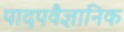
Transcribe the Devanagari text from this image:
पादपवैज्ञानिक